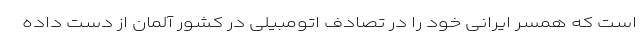
است که همسر ایرانی خود را در تصادف اتومبیلی در کشور آلمان از دست داده